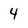
Character: 4